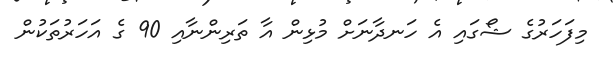
މިފަހަރުގެ ޝޯގައި އެ ހަނދާނަށް މުޅިން އާ ތަރިންނާއި 90 ގެ އަހަރުތަކުން